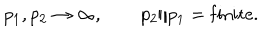
LaTeX: p _ { 1 } , p _ { 2 } \to \infty , \qquad p _ { 2 } / p _ { 1 } = \mathrm { f i n i t e } .